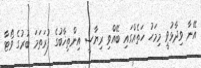
އޭނާ ވިދާޅުވީ މިމަހު ހަތެއްގައި ބޭއްވި ރިޔާސީ އިންތިޚާބުގެ ފުރަތަމަ ބުރުގެ ވޯޓާ